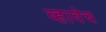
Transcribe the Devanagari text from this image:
व्हावेच